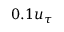
0 . 1 u _ { \tau }